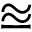
\approxeq